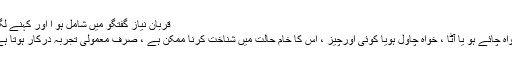
قربان نیاز گفتگو میں شامل ہو ا اور کہنے لگا :
”خواہ چائے ہو یا آٹا ، خواہ چاول ہویا کوئی اورچیز ، اس کا خام حالت میں شناخت کرنا ممکن ہے ، صرف معمولی تجربہ درکار ہوتا ہے ۔